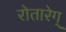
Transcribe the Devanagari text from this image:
रोतारेग्